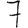
Digit: 7